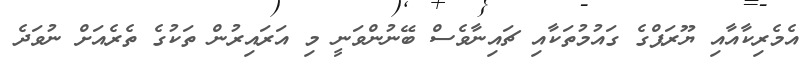
އެމެރިކާއާއި ޔޫރަޕްގެ ގައުމުތަކާއި ޗައިނާވެސް ބޭނުންވަނީ މި އަރައިރުން ތަކުގެ ތެރެއަށް ނުވަދެ